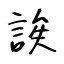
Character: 誒